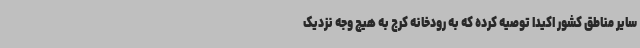
سایر مناطق کشور اکیداً توصیه کرده که به رودخانه کرج به هیچ وجه نزدیک